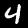
Label: 4